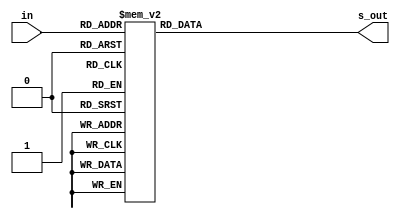
`timescale 1ns/1ps
module SM4_sbox_parameter (
  input[7:0] in,
  output reg[7:0] s_out
);
 
    always@(*) begin
        case(in)
        8'h00: s_out <=	8'hd6;
        8'h01: s_out <=	8'h90;
        8'h02: s_out <=	8'he9;
        8'h03: s_out <=	8'hfe;
        8'h04: s_out <=	8'hcc;
        8'h05: s_out <=	8'he1;
        8'h06: s_out <=	8'h3d;
        8'h07: s_out <=	8'hb7;
        8'h08: s_out <=	8'h16;
        8'h09: s_out <=	8'hb6;
        8'h0a: s_out <=	8'h14;
        8'h0b: s_out <=	8'hc2;
        8'h0c: s_out <=	8'h28;
        8'h0d: s_out <=	8'hfb;
        8'h0e: s_out <=	8'h2c;
        8'h0f: s_out <=	8'h05;
        8'h10: s_out <=	8'h2b;
        8'h11: s_out <=	8'h67;
        8'h12: s_out <=	8'h9a;
        8'h13: s_out <=	8'h76;
        8'h14: s_out <=	8'h2a;
        8'h15: s_out <=	8'hbe;
        8'h16: s_out <=	8'h04;
        8'h17: s_out <=	8'hc3;
        8'h18: s_out <=	8'haa;
        8'h19: s_out <=	8'h44;
        8'h1a: s_out <=	8'h13;
        8'h1b: s_out <=	8'h26;
        8'h1c: s_out <=	8'h49;
        8'h1d: s_out <=	8'h86;
        8'h1e: s_out <=	8'h06;
        8'h1f: s_out <=	8'h99;
        8'h20: s_out <=	8'h9c;
        8'h21: s_out <=	8'h42;
        8'h22: s_out <=	8'h50;
        8'h23: s_out <=	8'hf4;
        8'h24: s_out <=	8'h91;
        8'h25: s_out <=	8'hef;
        8'h26: s_out <=	8'h98;
        8'h27: s_out <=	8'h7a;
        8'h28: s_out <=	8'h33;
        8'h29: s_out <=	8'h54;
        8'h2a: s_out <=	8'h0b;
        8'h2b: s_out <=	8'h43;
        8'h2c: s_out <=	8'hed;
        8'h2d: s_out <=	8'hcf;
        8'h2e: s_out <=	8'hac;
        8'h2f: s_out <=	8'h62;
        8'h30: s_out <=	8'he4;
        8'h31: s_out <=	8'hb3;
        8'h32: s_out <=	8'h1c;
        8'h33: s_out <=	8'ha9;
        8'h34: s_out <=	8'hc9;
        8'h35: s_out <=	8'h08;
        8'h36: s_out <=	8'he8;
        8'h37: s_out <=	8'h95;
        8'h38: s_out <=	8'h80;
        8'h39: s_out <=	8'hdf;
        8'h3a: s_out <=	8'h94;
        8'h3b: s_out <=	8'hfa;
        8'h3c: s_out <=	8'h75;
        8'h3d: s_out <=	8'h8f;
        8'h3e: s_out <=	8'h3f;
        8'h3f: s_out <=	8'ha6;
        8'h40: s_out <=	8'h47;
        8'h41: s_out <=	8'h07;
        8'h42: s_out <=	8'ha7;
        8'h43: s_out <=	8'hfc;
        8'h44: s_out <=	8'hf3;
        8'h45: s_out <=	8'h73;
        8'h46: s_out <=	8'h17;
        8'h47: s_out <=	8'hba;
        8'h48: s_out <=	8'h83;
        8'h49: s_out <=	8'h59;
        8'h4a: s_out <=	8'h3c;
        8'h4b: s_out <=	8'h19;
        8'h4c: s_out <=	8'he6;
        8'h4d: s_out <=	8'h85;
        8'h4e: s_out <=	8'h4f;
        8'h4f: s_out <=	8'ha8;
        8'h50: s_out <=	8'h68;
        8'h51: s_out <=	8'h6b;
        8'h52: s_out <=	8'h81;
        8'h53: s_out <=	8'hb2;
        8'h54: s_out <=	8'h71;
        8'h55: s_out <=	8'h64;
        8'h56: s_out <=	8'hda;
        8'h57: s_out <=	8'h8b;
        8'h58: s_out <=	8'hf8;
        8'h59: s_out <=	8'heb;
        8'h5a: s_out <=	8'h0f;
        8'h5b: s_out <=	8'h4b;
        8'h5c: s_out <=	8'h70;
        8'h5d: s_out <=	8'h56;
        8'h5e: s_out <=	8'h9d;
        8'h5f: s_out <=	8'h35;
        8'h60: s_out <=	8'h1e;
        8'h61: s_out <=	8'h24;
        8'h62: s_out <=	8'h0e;
        8'h63: s_out <=	8'h5e;
        8'h64: s_out <=	8'h63;
        8'h65: s_out <=	8'h58;
        8'h66: s_out <=	8'hd1;
        8'h67: s_out <=	8'ha2;
        8'h68: s_out <=	8'h25;
        8'h69: s_out <=	8'h22;
        8'h6a: s_out <=	8'h7c;
        8'h6b: s_out <=	8'h3b;
        8'h6c: s_out <=	8'h01;
        8'h6d: s_out <=	8'h21;
        8'h6e: s_out <=	8'h78;
        8'h6f: s_out <=	8'h87;
        8'h70: s_out <=	8'hd4;
        8'h71: s_out <=	8'h00;
        8'h72: s_out <=	8'h46;
        8'h73: s_out <=	8'h57;
        8'h74: s_out <=	8'h9f;
        8'h75: s_out <=	8'hd3;
        8'h76: s_out <=	8'h27;
        8'h77: s_out <=	8'h52;
        8'h78: s_out <=	8'h4c;
        8'h79: s_out <=	8'h36;
        8'h7a: s_out <=	8'h02;
        8'h7b: s_out <=	8'he7;
        8'h7c: s_out <=	8'ha0;
        8'h7d: s_out <=	8'hc4;
        8'h7e: s_out <=	8'hc8;
        8'h7f: s_out <=	8'h9e;
        8'h80: s_out <=	8'hea;
        8'h81: s_out <=	8'hbf;
        8'h82: s_out <=	8'h8a;
        8'h83: s_out <=	8'hd2;
        8'h84: s_out <=	8'h40;
        8'h85: s_out <=	8'hc7;
        8'h86: s_out <=	8'h38;
        8'h87: s_out <=	8'hb5;
        8'h88: s_out <=	8'ha3;
        8'h89: s_out <=	8'hf7;
        8'h8a: s_out <=	8'hf2;
        8'h8b: s_out <=	8'hce;
        8'h8c: s_out <=	8'hf9;
        8'h8d: s_out <=	8'h61;
        8'h8e: s_out <=	8'h15;
        8'h8f: s_out <=	8'ha1;
        8'h90: s_out <=	8'he0;
        8'h91: s_out <=	8'hae;
        8'h92: s_out <=	8'h5d;
        8'h93: s_out <=	8'ha4;
        8'h94: s_out <=	8'h9b;
        8'h95: s_out <=	8'h34;
        8'h96: s_out <=	8'h1a;
        8'h97: s_out <=	8'h55;
        8'h98: s_out <=	8'had;
        8'h99: s_out <=	8'h93;
        8'h9a: s_out <=	8'h32;
        8'h9b: s_out <=	8'h30;
        8'h9c: s_out <=	8'hf5;
        8'h9d: s_out <=	8'h8c;
        8'h9e: s_out <=	8'hb1;
        8'h9f: s_out <=	8'he3;
        8'ha0: s_out <=	8'h1d;
        8'ha1: s_out <=	8'hf6;
        8'ha2: s_out <=	8'he2;
        8'ha3: s_out <=	8'h2e;
        8'ha4: s_out <=	8'h82;
        8'ha5: s_out <=	8'h66;
        8'ha6: s_out <=	8'hca;
        8'ha7: s_out <=	8'h60;
        8'ha8: s_out <=	8'hc0;
        8'ha9: s_out <=	8'h29;
        8'haa: s_out <=	8'h23;
        8'hab: s_out <=	8'hab;
        8'hac: s_out <=	8'h0d;
        8'had: s_out <=	8'h53;
        8'hae: s_out <=	8'h4e;
        8'haf: s_out <=	8'h6f;
        8'hb0: s_out <=	8'hd5;
        8'hb1: s_out <=	8'hdb;
        8'hb2: s_out <=	8'h37;
        8'hb3: s_out <=	8'h45;
        8'hb4: s_out <=	8'hde;
        8'hb5: s_out <=	8'hfd;
        8'hb6: s_out <=	8'h8e;
        8'hb7: s_out <=	8'h2f;
        8'hb8: s_out <=	8'h03;
        8'hb9: s_out <=	8'hff;
        8'hba: s_out <=	8'h6a;
        8'hbb: s_out <=	8'h72;
        8'hbc: s_out <=	8'h6d;
        8'hbd: s_out <=	8'h6c;
        8'hbe: s_out <=	8'h5b;
        8'hbf: s_out <=	8'h51;
        8'hc0: s_out <=	8'h8d;
        8'hc1: s_out <=	8'h1b;
        8'hc2: s_out <=	8'haf;
        8'hc3: s_out <=	8'h92;
        8'hc4: s_out <=	8'hbb;
        8'hc5: s_out <=	8'hdd;
        8'hc6: s_out <=	8'hbc;
        8'hc7: s_out <=	8'h7f;
        8'hc8: s_out <=	8'h11;
        8'hc9: s_out <=	8'hd9;
        8'hca: s_out <=	8'h5c;
        8'hcb: s_out <=	8'h41;
        8'hcc: s_out <=	8'h1f;
        8'hcd: s_out <=	8'h10;
        8'hce: s_out <=	8'h5a;
        8'hcf: s_out <=	8'hd8;
        8'hd0: s_out <=	8'h0a;
        8'hd1: s_out <=	8'hc1;
        8'hd2: s_out <=	8'h31;
        8'hd3: s_out <=	8'h88;
        8'hd4: s_out <=	8'ha5;
        8'hd5: s_out <=	8'hcd;
        8'hd6: s_out <=	8'h7b;
        8'hd7: s_out <=	8'hbd;
        8'hd8: s_out <=	8'h2d;
        8'hd9: s_out <=	8'h74;
        8'hda: s_out <=	8'hd0;
        8'hdb: s_out <=	8'h12;
        8'hdc: s_out <=	8'hb8;
        8'hdd: s_out <=	8'he5;
        8'hde: s_out <=	8'hb4;
        8'hdf: s_out <=	8'hb0;
        8'he0: s_out <=	8'h89;
        8'he1: s_out <=	8'h69;
        8'he2: s_out <=	8'h97;
        8'he3: s_out <=	8'h4a;
        8'he4: s_out <=	8'h0c;
        8'he5: s_out <=	8'h96;
        8'he6: s_out <=	8'h77;
        8'he7: s_out <=	8'h7e;
        8'he8: s_out <=	8'h65;
        8'he9: s_out <=	8'hb9;
        8'hea: s_out <=	8'hf1;
        8'heb: s_out <=	8'h09;
        8'hec: s_out <=	8'hc5;
        8'hed: s_out <=	8'h6e;
        8'hee: s_out <=	8'hc6;
        8'hef: s_out <=	8'h84;
        8'hf0: s_out <=	8'h18;
        8'hf1: s_out <=	8'hf0;
        8'hf2: s_out <=	8'h7d;
        8'hf3: s_out <=	8'hec;
        8'hf4: s_out <=	8'h3a;
        8'hf5: s_out <=	8'hdc;
        8'hf6: s_out <=	8'h4d;
        8'hf7: s_out <=	8'h20;
        8'hf8: s_out <=	8'h79;
        8'hf9: s_out <=	8'hee;
        8'hfa: s_out <=	8'h5f;
        8'hfb: s_out <=	8'h3e;
        8'hfc: s_out <=	8'hd7;
        8'hfd: s_out <=	8'hcb;
        8'hfe: s_out <=	8'h39;
        8'hff: s_out <=	8'h48;
        default: s_out <= 8'h00;
        endcase
      end

endmodule

module SM4_CK_parameter(
  input[4:0] index,
  output[31:0] CK_i
);
  reg [31:0] ck [0:31];

    initial begin
        ck[0]  = 32'h00070E15;ck[1]  = 32'h1C232A31;ck[2]  = 32'h383F464D;ck[3]  = 32'h545B6269;ck[4]  = 32'h70777E85;ck[5]  = 32'h8C939AA1;ck[6]  = 32'hA8AFB6BD;ck[7]  = 32'hC4CBD2D9;
        ck[8]  = 32'hE0E7EEF5;ck[9]  = 32'hFC030A11;ck[10] = 32'h181F262D;ck[11] = 32'h343B4249;ck[12] = 32'h50575E65;ck[13] = 32'h6C737A81;ck[14] = 32'h888F969D;ck[15] = 32'hA4ABB2B9;
        ck[16] = 32'hC0C7CED5;ck[17] = 32'hDCE3EAF1;ck[18] = 32'hF8FF060D;ck[19] = 32'h141B2229;ck[20] = 32'h30373E45;ck[21] = 32'h4C535A61;ck[22] = 32'h686F767D;ck[23] = 32'h848B9299;
        ck[24] = 32'hA0A7AEB5;ck[25] = 32'hBCC3CAD1;ck[26] = 32'hD8DFE6ED;ck[27] = 32'hF4FB0209;ck[28] = 32'h10171E25;ck[29] = 32'h2C333A41;ck[30] = 32'h484F565D;ck[31] = 32'h646B7279;
    end

  assign CK_i = ck[index];

endmodule